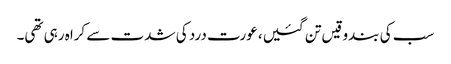
سب کی بندوقیں تن گئیں، عورت درد کی شدت سے کراہ رہی تھی۔